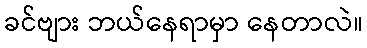
ခင်ဗျား ဘယ်နေရာမှာ နေတာလဲ။